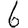
Digit: 6